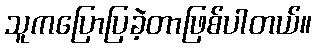
သူကပြောပြခဲ့တာဖြစ်ပါတယ်။